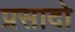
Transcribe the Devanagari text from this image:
प्रसादो